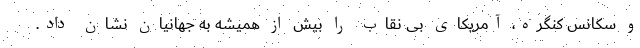
و سکانس کنگره، آمریکای بی نقاب را بیش از همیشه به جهانیان نشان داد.